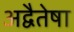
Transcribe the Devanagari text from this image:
अद्वैतेषा